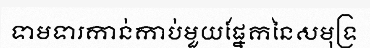
ទាមទារកាន់កាប់មួយផ្នែកនៃសមុទ្រ